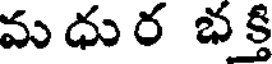
మ ధు ర భక్తి